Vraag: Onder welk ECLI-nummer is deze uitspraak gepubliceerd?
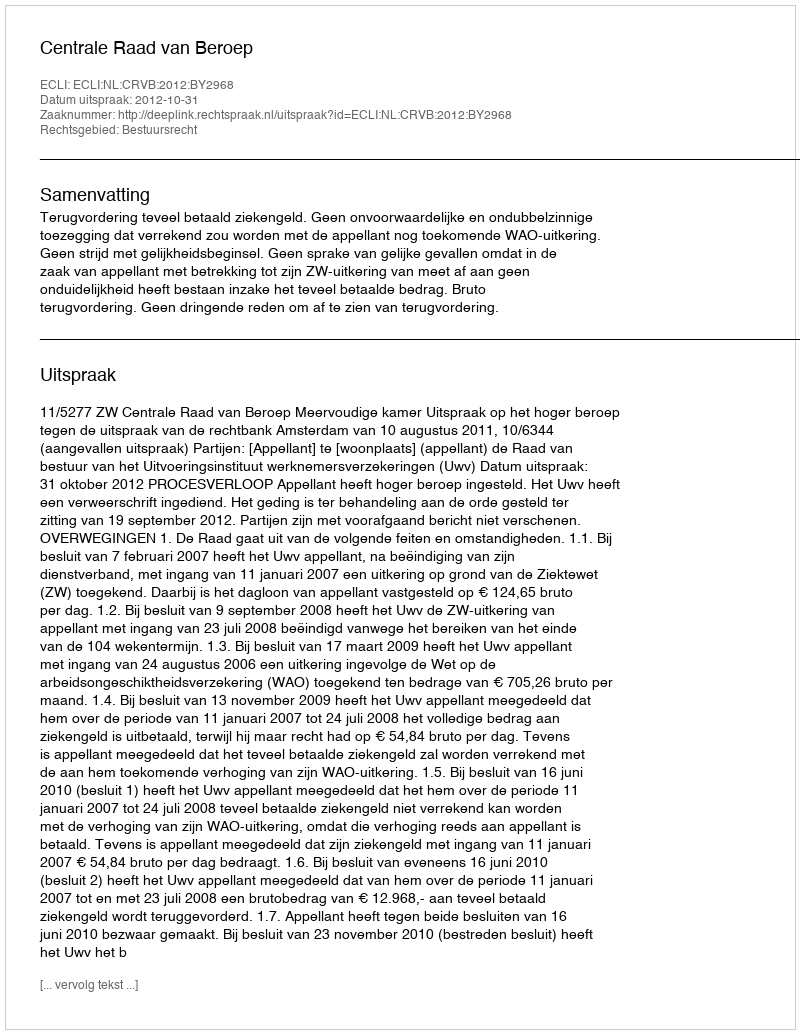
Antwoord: ECLI:NL:CRVB:2012:BY2968